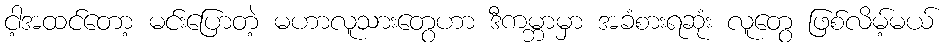
ငါ့အထင်တော့ မင်းပြောတဲ့ မဟာလူသားတွေဟာ ဒီကမ္ဘာမှာ အခံစားရဆုံး လူတွေ ဖြစ်လိမ့်မယ်